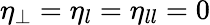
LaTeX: \eta_{\perp}=\eta_{l}=\eta_{ll}=0